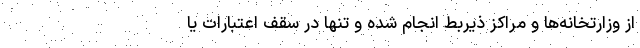
از وزارتخانه‌ها و مراکز ذیربط انجام شده و تنها در سقف اعتبارات یا